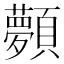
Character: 顭